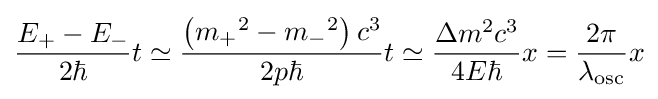
{\frac {E_{+}-E_{-}}{2\hbar }}t\simeq {\frac {\left({m_{+}}^{2}-{m_{-}}^{2}\right)c^{3}}{2p\hbar }}t\simeq {\frac {\Delta m^{2}c^{3}}{4E\hbar }}x={\frac {2\pi }{\lambda _{\text{osc}}}}x